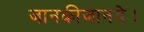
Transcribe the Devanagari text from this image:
जानकीजानये।